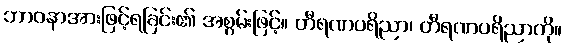
ဘာဝနာအားဖြင့်ရခြင်း၏ အစွမ်းဖြင့်။ တီရဏပရိညာ၊ တီရဏပရိညာကို။